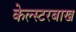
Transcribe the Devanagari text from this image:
केल्स्टरबाख